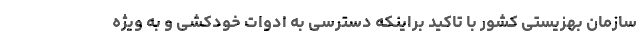
سازمان بهزیستی کشور با تاکید براینکه دسترسی به ادوات خودکشی و به ویژه